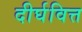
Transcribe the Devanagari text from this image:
दीर्घवित्त